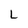
Character: L